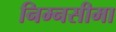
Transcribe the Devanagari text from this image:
निम्नसीमा